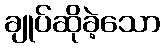
ချုပ်ဆိုခဲ့သော